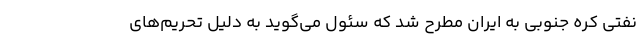
نفتی کره جنوبی به ایران مطرح شد که سئول می‌گوید به دلیل تحریم‌های